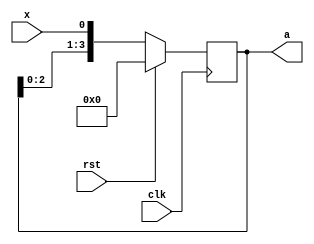
`timescale 1ns/1ps
module ls(clk,rst,x,a);
 input wire clk;
 input wire rst;
 input wire x;
 output reg [3:0] a;
 
 always @ (posedge clk)
 begin
        if(rst)
        begin
          a=4'b0000;
        end
        else
        a={a[2:0],x};
        
            
    end


    
endmodule